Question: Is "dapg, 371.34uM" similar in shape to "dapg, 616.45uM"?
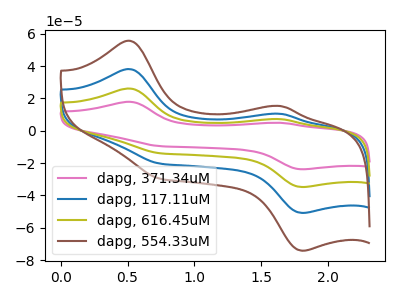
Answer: <think>The pink curve "dapg, 371.34uM" has anodic peaks at (0.50V, 17.90uA) (1.65V, 4.90uA) and cathodic peaks at (0.75V, -9.60uA) (1.80V, -23.85uA). The blue curve "dapg, 117.11uM" has anodic peaks at (0.50V, 52.20uA) (1.65V, 14.30uA) and cathodic peaks at (0.75V, -27.95uA) (1.80V, -69.65uA). The olive curve "dapg, 616.45uM" has anodic peaks at (0.50V, 26.10uA) (1.65V, 7.15uA) and cathodic peaks at (0.75V, -14.00uA) (1.80V, -34.85uA). The brown curve "dapg, 554.33uM" has anodic peaks at (0.50V, 78.30uA) (1.65V, 21.50uA) and cathodic peaks at (0.75V, -41.95uA) (1.80V, -104.50uA).
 All the peaks in "dapg, 371.34uM" have a peak in "dapg, 616.45uM" at the same potential. Every peak in "dapg, 371.34uM" is lower than every peak in "dapg, 616.45uM".</think>
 <answer>"dapg, 371.34uM" and "dapg, 616.45uM" are similar in shape.</answer>
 <eval>same_shape</eval>